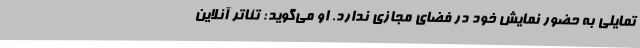
تمایلی به حضور نمایش خود در فضای مجازی ندارد. او می‌گوید: تئاتر آنلاین